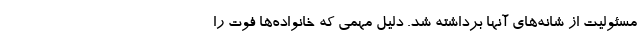
مسئولیت از شانه‌های آنها برداشته شد. دلیل مهمی که خانواده‌ها فوت را